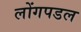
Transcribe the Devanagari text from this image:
लोंगपडल